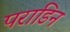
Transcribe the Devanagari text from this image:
पराडिन